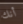
أنك